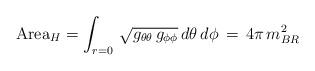
LaTeX: \begin{align*}\mbox{Area}_H = \int_{r=0} \, \sqrt{g_{\theta\theta}\,g_{\phi\phi}}\,d\theta \,d\phi \, = \, 4\pi \, m_{BR}^2\end{align*}